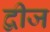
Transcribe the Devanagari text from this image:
द्वीज